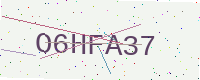
Text: O6HFA37